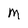
Character: M